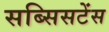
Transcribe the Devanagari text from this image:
सब्सिसटेंस